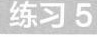
练习5